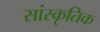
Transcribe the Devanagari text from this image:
सांस्‍कृतिक